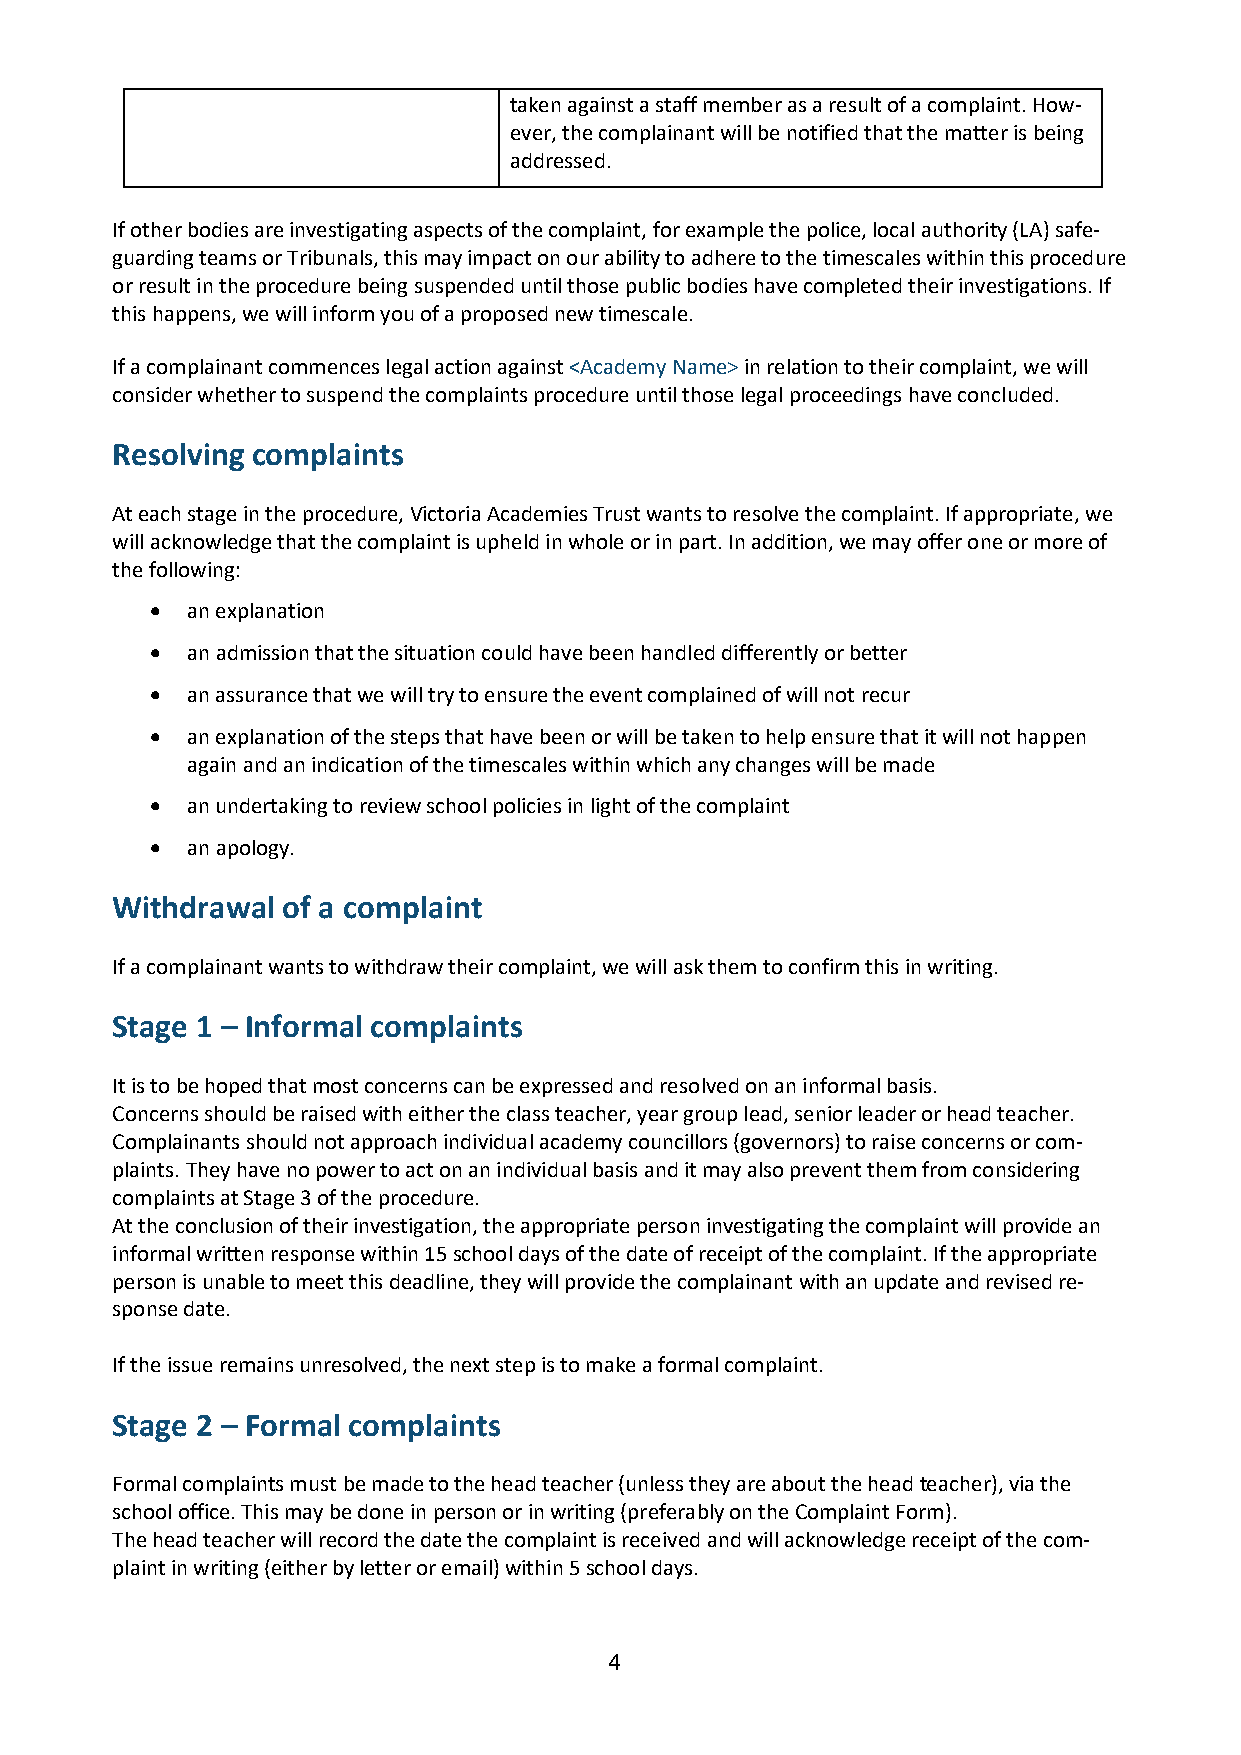
taken against a staff member as a result of a complaint. How-
 ever, the complainant will be notified that the matter is being
 addressed.
 If other bodies are investigating aspects of the complaint, for example the police, local authority (LA) safe-
 guarding teams or Tribunals, this may impact on our ability to adhere to the timescales within this procedure
 or result in the procedure being suspended until those public bodies have completed their investigations. If
 this happens, we will inform you of a proposed new timescale.
 If a complainant commences legal action against <Academy Name> in relation to their complaint, we will
 consider whether to suspend the complaints procedure until those legal proceedings have concluded.
 Resolving complaints
 At each stage in the procedure, Victoria Academies Trust wants to resolve the complaint. If appropriate, we
 will acknowledge that the complaint is upheld in whole or in part. In addition, we may offer one or more of
 the following:
 • an explanation
 • an admission that the situation could have been handled differently or better
 • an assurance that we will try to ensure the event complained of will not recur
 • an explanation of the steps that have been or will be taken to help ensure that it will not happen
 again and an indication of the timescales within which any changes will be made
 • an undertaking to review school policies in light of the complaint
 • an apology.
 Withdrawal  of a complaint
 If a complainant wants to withdraw their complaint, we will ask them to confirm this in writing.
 Stage 1 – Informal complaints
 It is to be hoped that most concerns can be expressed and resolved on an informal basis.
 Concerns should be raised with either the class teacher, year group lead, senior leader or head teacher.
 Complainants should not approach individual academy councillors (governors) to raise concerns or com-
 plaints. They have no power to act on an individual basis and it may also prevent them from considering
 complaints at Stage 3 of the procedure.
 At the conclusion of their investigation, the appropriate person investigating the complaint will provide an
 informal written response within 15 school days of the date of receipt of the complaint. If the appropriate
 person is unable to meet this deadline, they will provide the complainant with an update and revised re-
 sponse date.
 If the issue remains unresolved, the next step is to make a formal complaint.
 Stage 2 – Formal complaints
 Formal complaints must be made to the head teacher (unless they are about the head teacher), via the
 school office. This may be done in person or in writing (preferably on the Complaint Form).
 The head teacher will record the date the complaint is received and will acknowledge receipt of the com-
 plaint in writing (either by letter or email) within 5 school days.
 4